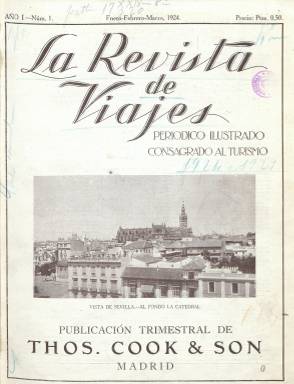
Título: La Revista de viajes
Colección: Revistas turísticas y de viajes
Ámbito geográfico: Madrid
Lugar de publicación: Madrid
Fechas: 01/01/1924-31/07/1936

Periódico ilustrado consagrado al turismo, indica el subtítulo de esta publicación, fundada y editada por la agencia internacional de viajes Thos. Cook & Son, que había establecido su primera oficina en la península ibérica en Madrid en 1892. Esta revista dirigida al público en lengua española, será un reflejo de las que ya venía publicando la Agencia Cook en otras capitales del mundo -la primera de ellas la fundó en 1851-, con el objeto de “propagar e intensificar el turismo por toda la superficie del Globo”, dirá en su artículo de presentación.
Con periodicidad trimestral, su primer número corresponde a enero-marzo de 1924, en el que se acusa la “falta de ambiente” que había habido hasta hacía poco en el público de lengua española hacia el turismo y constata el impulso dado para hacer de este una atracción no sólo entre “la aristocracia, la política, la milicia, el clero y el comercio”, sino hasta en el “modesto empleado que, tocado de aficiones turistas, aprovecha sus vacaciones pare recreo de su espíritu”.

Como revista de turismo y de viajes, sus editores cumplirán dos objetivos, atraer a España turistas de otros países –considerado el turismo como fuente de riqueza para el país-, por la variedad de su clima y de sus paisajes, la diversidad de las costumbres y los grandiosos e innumerables monumentos y recuerdos antiguos, por su tradición y por su historia y, por otra parte, ofrecer información a quienes practican el turismo en otros países.

En entregas en torno a las 44 páginas, que más tarde incrementa hasta superar el medio centenar, y compuestas a dos columnas, tendrán cada una de ellas una cubierta ilustrada, para lo que serán usadas tintas a color, saliendo del establecimiento tipográfico de Rivadeneyra. Como revista ilustrada, insertará fotograbados de vistas de ciudades españolas, de sus principales edificaciones monumentales y de eventos típicos, así como de otros países y de sus poblaciones y espacios más representativos, procediendo las fotografías españolas del establecimiento madrileño Hauser y Menet.

Cada entrega comienza con una sección denominada Editoriales y noticias diversas, relacionadas con eventos o actividades y empresas turísticas, para a continuación ofrecer reportajes sobre ciudades como Sevilla, Mallorca, Granada, Barcelona, la que denomina medieval de Segovia, o de Italia, Portugal o Suiza, así como de excursiones en autocar a poblaciones cercanas a Madrid, como Toledo o Aranjuez. También inserta reportajes sobre las ruinas romanas españolas, la Andalucía artística y monumental, la Barcelona industrial y turística, el veraneo en San Sebastián y en Santander, los deportes de invierno austriacos, los placeres del invierno en Francia, la vendimia en Portugal, Nueva York como ciudad maravillosa o de Niza, así como sobre el fomento del turismo en Yugoslavia, los cruceros alrededor del mundo o un viaje por el Nilo, entre otros muchos.

Thos. Cook & Son, que se consideran como “creadores del turismo universal” y eran también agentes del Pennsylvania Railroad, tenía su casa central en Londres y varios centenares de sucursales en todo el mundo, y en la península ibérica, además de en Madrid, en Barcelona, Lisboa y Gibraltar, de cuya lista da cuenta la revista, así como las ventajas de los billetes y las facilidades que ofrece Cook. Inserta también publicidad comercial de servicios aéreos y marítimos y de hoteles, principalmente, alguna de ella con textos en inglés.

A partir de la entrega de enero-marzo de 1929, la revista será editada en cooperación Wagons-Lits, y a partir de julio-septiembre de 1931 ambas compañías operarán conjuntamente.

La   colección de este título en la Biblioteca Nacional de España no está completa, faltando los años 1933 y 1934. La última entrega es la número 51 y corresponde a julio-septiembre de 1936. Al parecer, llegó a publicar también el número 52.